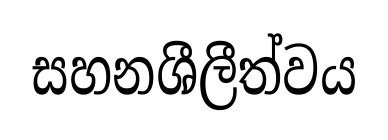
සහනශීලීත්වය